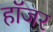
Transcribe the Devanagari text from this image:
हॉजर